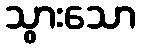
သွားသော